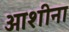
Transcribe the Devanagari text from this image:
आशीना